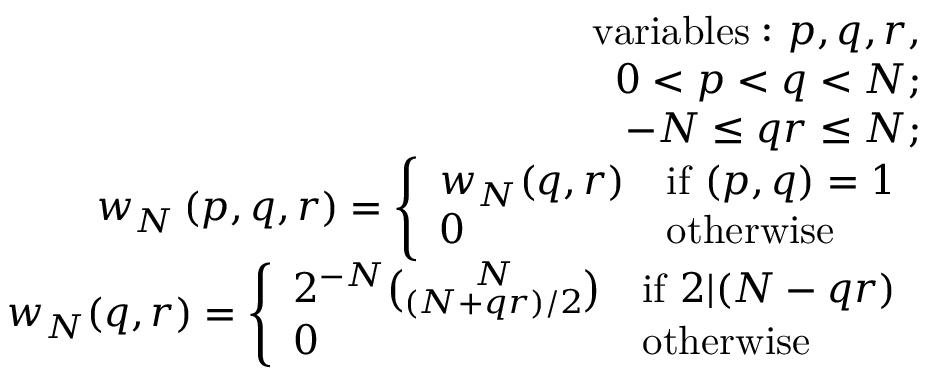
\begin{array} { r l r } & { } & { \mathrm { v a r i a b l e s : ~ } p , q , r , } \\ & { } & { 0 < p < q < N ; } \\ & { } & { - N \le q r \le N ; } \\ & { } & { w _ { N } \left( p , q , r \right) = \left\{ \begin{array} { l l } { w _ { N } ( q , r ) } & { \mathrm { i f ~ } ( p , q ) = 1 } \\ { 0 } & { \mathrm { o t h e r w i s e } } \end{array} \right. } \\ & { } & { w _ { N } ( q , r ) = \left\{ \begin{array} { l l } { 2 ^ { - N } \binom { N } { ( N + q r ) / 2 } } & { \mathrm { i f ~ } 2 | ( N - q r ) } \\ { 0 } & { \mathrm { o t h e r w i s e } } \end{array} \right. } \end{array}